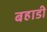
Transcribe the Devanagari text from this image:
बहाडी